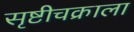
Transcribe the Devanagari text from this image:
सृष्टीचक्राला